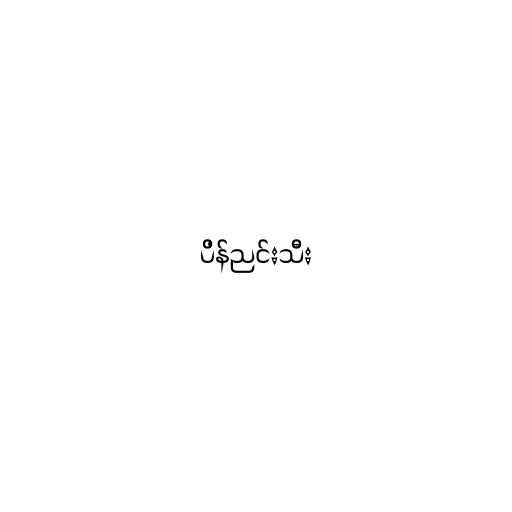
ပိန်ညင်းသီး